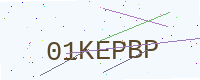
Text: 01KEPBP